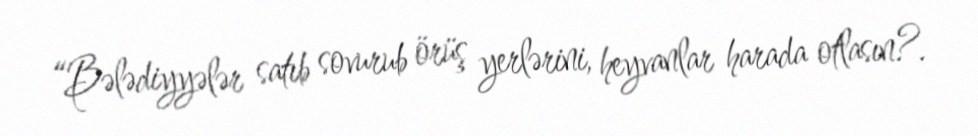
“Bələdiyyələr satıb sovurub örüş yerlərini, heyvanlar harada otlasın?.